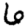
Digit: 6